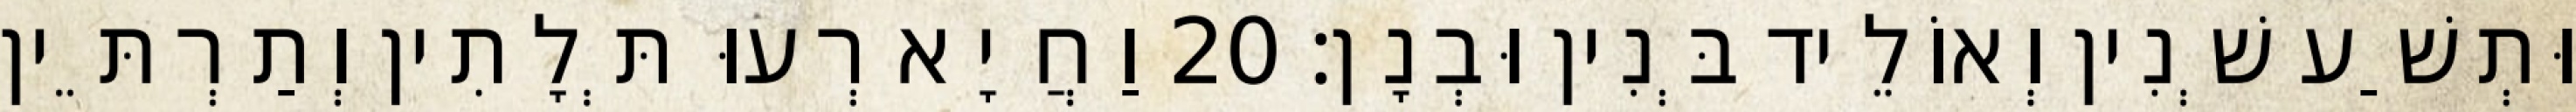
וּתְשַׁע שְׁנִין וְאוֹלֵיד בְּנִין וּבְנָן׃ 20 וַחֲיָא רְעוּ תְּלָתִין וְתַרְתֵּין